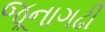
જૂનાગઢી